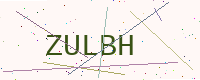
Text: ZULBH